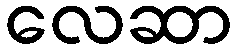
လေဆာ